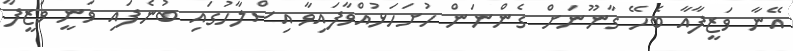
އޭނާ ވަޒީފާއާ ބެހޭ ގާނޫނަށް ގެންނަން ހުށަހަޅުއްވާފައިވާ އިސްލާހުގައި ބުނެފައި ވަނީ ވަޒީފާ